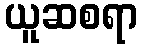
ယူဆစရာ